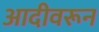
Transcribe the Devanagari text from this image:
आदीवरून